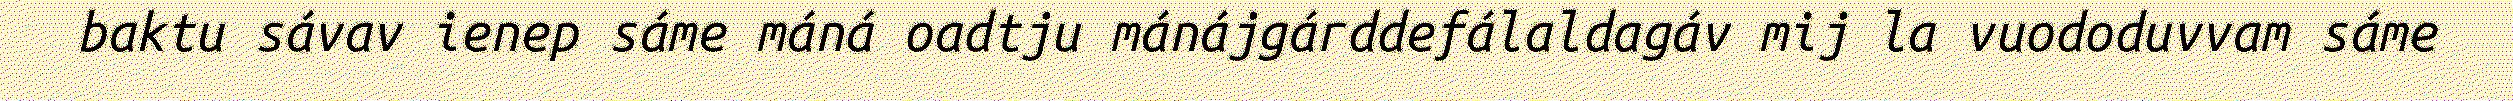
baktu sávav ienep sáme máná oadtju mánájgárddefálaldagáv mij la vuododuvvam sáme